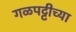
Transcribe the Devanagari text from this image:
गळपट्टीच्या